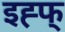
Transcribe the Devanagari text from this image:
इह्फ्